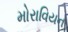
મોરાવિયન